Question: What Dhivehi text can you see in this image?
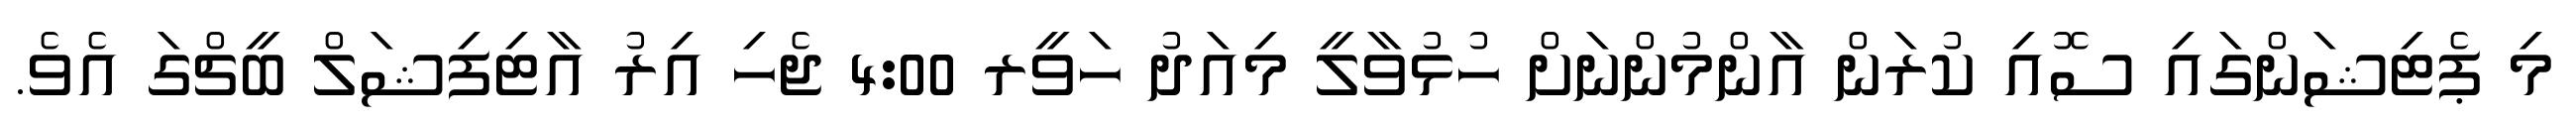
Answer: މި ޕެޓިޝަންގައި ސޮއި ކުރަން އާންމުންނަށް ހުޅުވާލީ މިއަދު ހަވީރ 4:00 ޖެހި އިރު އާޓިފިޝަލް ބީޗްގަ އެވެ.